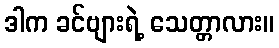
ဒါက ခင်ဗျားရဲ့ သေတ္တာလား။